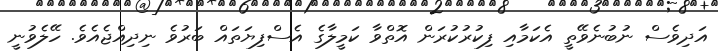
އަދިވެސް ނުބުނެވޭތީ އެކަމާއި ފިކުރުކުރަން އޮތްވާ ކަމީލާގެ އެސްފިޔަތައް ބަރުވެ ނިދިއްޖެއެވެ. ހޭލެވުނީ